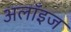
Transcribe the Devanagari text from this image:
अलॉइज